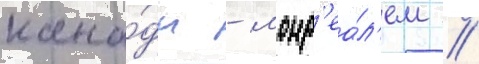
кана́ды - монр'еа́л'ем //